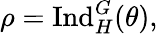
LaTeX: \rho={\mathrm{Ind}}_{H}^{G}(\theta),